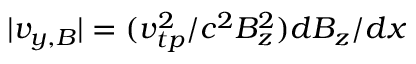
| { v } _ { y , B } | = ( v _ { t p } ^ { 2 } / c ^ { 2 } B _ { z } ^ { 2 } ) d B _ { z } / d x